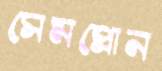
সেমপ্রোন